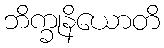
ဘိက္ခုနိယောတိ